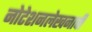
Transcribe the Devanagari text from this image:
नोटेशनलेखनाची